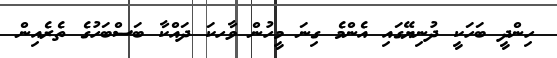
ހިންދީ ބަހަކީ ދުނިޔޭގައި އެންމެ ގިނަ މީހުން ވާހކަ ދައްކާ ބަސްބަހުގެ ތެރެއިން